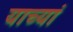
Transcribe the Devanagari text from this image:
याच्यां